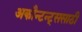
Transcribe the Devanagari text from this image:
अकौन्टन्ट्‌ससाठी